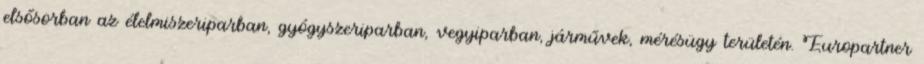
elsősorban az élelmiszeriparban, gyógyszeriparban, vegyiparban, járművek, mérésügy területén. Europartner